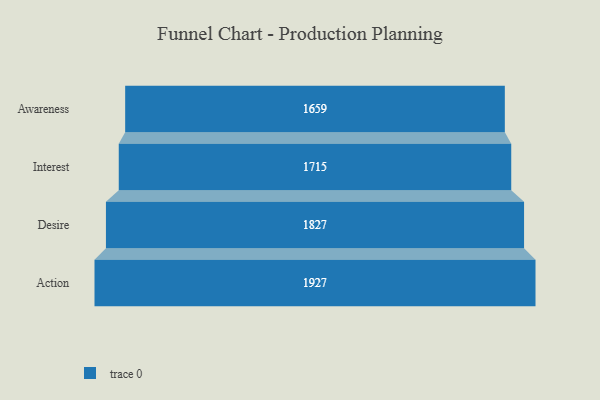
{"axis": {"x": "Stage", "y": "Value"}, "legend": [""], "data": [{"x": "Awareness", "y": 1659.0, "type": ""}, {"x": "Interest", "y": 1715.0, "type": ""}, {"x": "Desire", "y": 1827.0, "type": ""}, {"x": "Action", "y": 1927.0, "type": ""}]}